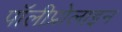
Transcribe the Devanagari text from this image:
पॉलीप्रोलाइन